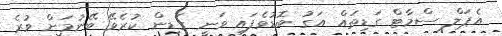
އެޕަލް ސްމާޓް ގަޑިތައް އަގު ބޮޑުވެފައި ވަނީ ގަޑިން ކުރެވޭ ބޭނުމަށް ވުރެ